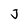
Character: J